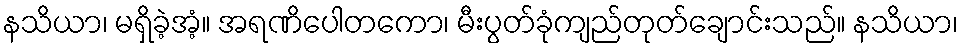
နသိယာ၊ မရှိခဲ့အံ့။ အရဏိပေါတကော၊ မီးပွတ်ခုံကျည်တုတ်ချောင်းသည်။ နသိယာ၊